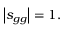
\left\vert s _ { g g } \right\vert = 1 .